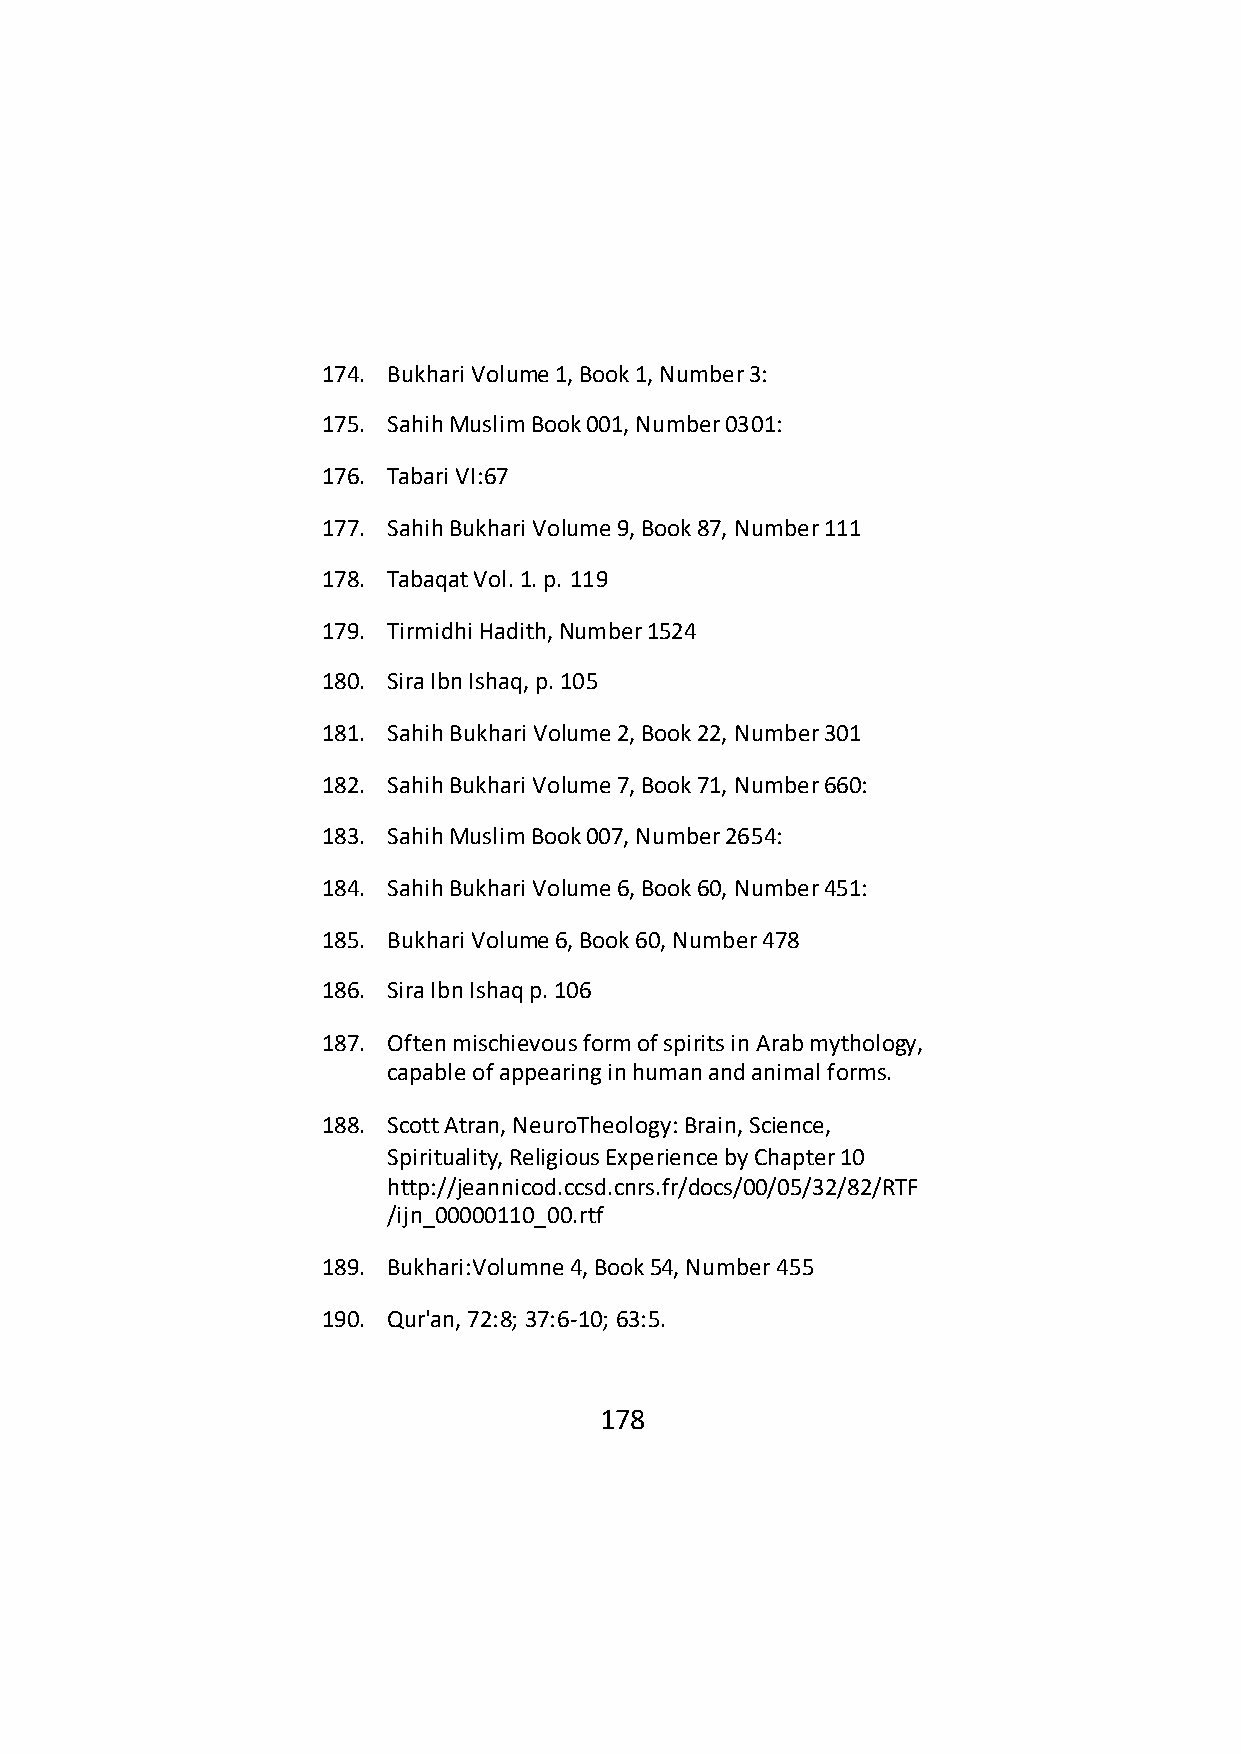
174. Bukhari Volume 1, Book 1, Number 3:
 175. Sahih Muslim Book 001, Number 0301:
 176. Tabari VI:67
 177. Sahih Bukhari Volume 9, Book 87, Number 111
 178. Tabaqat Vol. 1. p. 119
 179. Tirmidhi Hadith, Number 1524
 180. Sira Ibn Ishaq, p. 105
 181. Sahih Bukhari Volume 2, Book 22, Number 301
 182. Sahih Bukhari Volume 7, Book 71, Number 660:
 183. Sahih Muslim Book 007, Number 2654:
 184. Sahih Bukhari Volume 6, Book 60, Number 451:
 185. Bukhari Volume 6, Book 60, Number 478
 186. Sira Ibn Ishaq p. 106
 187. Often mischievous form of spirits in Arab mythology,
 capable of appearing in human and animal forms.
 188. Scott Atran, NeuroTheology: Brain, Science,
 Spirituality, Religious Experience by Chapter 10
 http://jeannicod.ccsd.cnrs.fr/docs/00/05/32/82/RTF
 /ijn_00000110_00.rtf
 189. Bukhari:Volumne 4, Book 54, Number 455
 190. Qur'an, 72:8; 37:6-10; 63:5.
 178